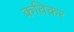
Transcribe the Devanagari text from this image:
कविकर